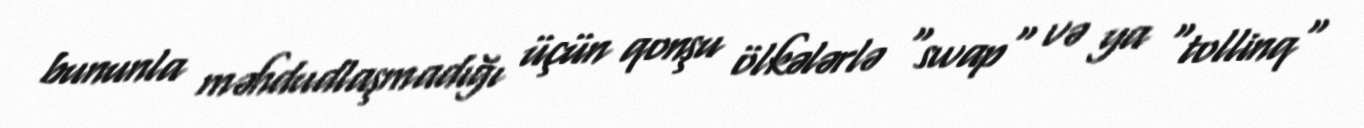
bununla məhdudlaşmadığı üçün qonşu ölkələrlə "swap" və ya "tollinq"